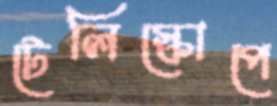
টেলিস্কোপে